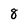
Character: 8